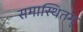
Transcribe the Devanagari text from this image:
समास्थितम्